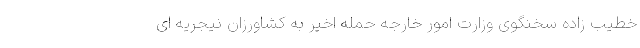
خطیب زاده سخنگوی وزارت امور خارجه حمله اخیر به کشاورزان نیجریه ای